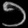
Digit: ၁